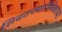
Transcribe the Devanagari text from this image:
शिवराज्याभिषेकाच्या